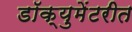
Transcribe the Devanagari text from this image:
डॉक्युमेंटरीत